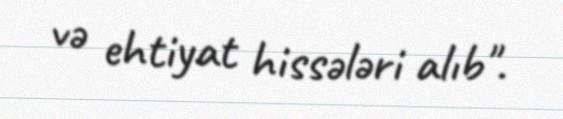
və ehtiyat hissələri alıb".